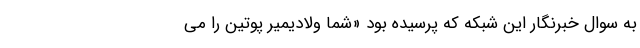
به سوال خبرنگار این شبکه که پرسیده بود «شما ولادیمیر پوتین را می‌